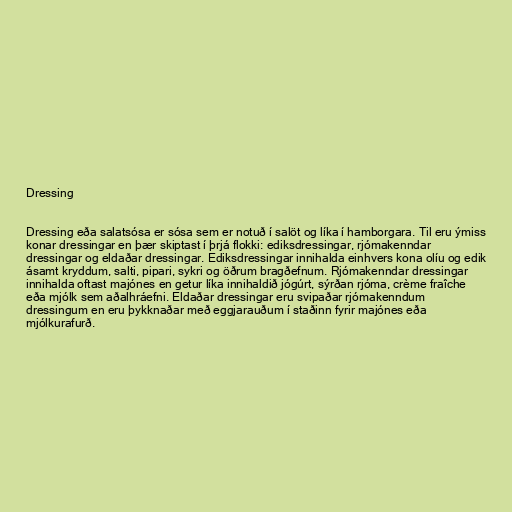
Dressing

Dressing eða salatsósa er sósa sem er notuð í salöt og líka í hamborgara. Til eru ýmiss
konar dressingar en þær skiptast í þrjá flokki: ediksdressingar, rjómakenndar
dressingar og eldaðar dressingar. Ediksdressingar innihalda einhvers kona olíu og edik
ásamt kryddum, salti, pipari, sykri og öðrum bragðefnum. Rjómakenndar dressingar
innihalda oftast majónes en getur líka innihaldið jógúrt, sýrðan rjóma, crème fraîche
eða mjólk sem aðalhráefni. Eldaðar dressingar eru svipaðar rjómakenndum
dressingum en eru þykknaðar með eggjarauðum í staðinn fyrir majónes eða
mjólkurafurð.